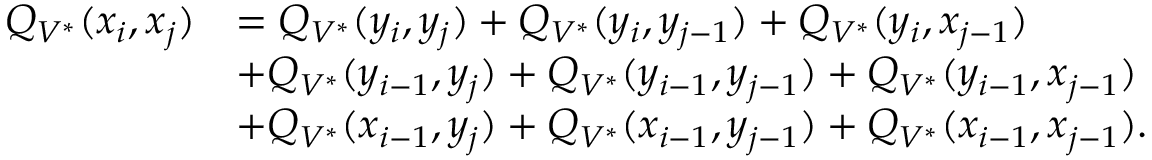
\begin{array} { r l } { Q _ { V ^ { * } } ( x _ { i } , x _ { j } ) } & { = Q _ { V ^ { * } } ( y _ { i } , y _ { j } ) + Q _ { V ^ { * } } ( y _ { i } , y _ { j - 1 } ) + Q _ { V ^ { * } } ( y _ { i } , x _ { j - 1 } ) } \\ & { + Q _ { V ^ { * } } ( y _ { i - 1 } , y _ { j } ) + Q _ { V ^ { * } } ( y _ { i - 1 } , y _ { j - 1 } ) + Q _ { V ^ { * } } ( y _ { i - 1 } , x _ { j - 1 } ) } \\ & { + Q _ { V ^ { * } } ( x _ { i - 1 } , y _ { j } ) + Q _ { V ^ { * } } ( x _ { i - 1 } , y _ { j - 1 } ) + Q _ { V ^ { * } } ( x _ { i - 1 } , x _ { j - 1 } ) . } \end{array}